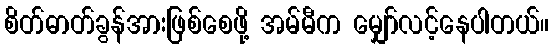
စိတ်ဓာတ်ခွန်အားဖြစ်စေဖို့ အမ်မီက မျှော်လင့်နေပါတယ်။